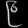
Digit: ၉